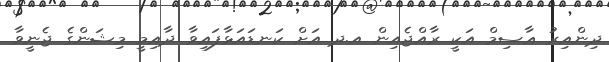
ދިންއިރު ޢާސިމް އަކީ ރާއްޖެއިން އ.ދ އަށް ކަނޑައަޅާފައިވާ ދާއިމީ މިޝަންގެ ޖެނީވާ